Account of plague administration in the Bombay Presidency from September 1896 till May 1897
Year: 1896
Disease focus: Plague
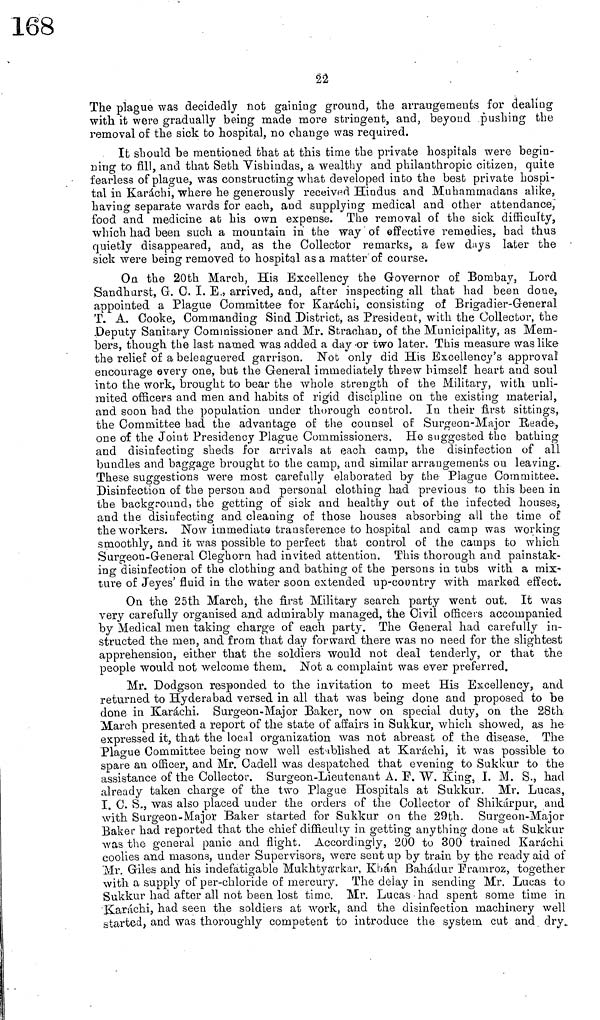
22
The plague was decidedly not gaining ground, the arrangements for dealing
with it were gradually being made more stringent, and, beyond pushing the
removal of the sick fco hospital, no change was required.
It should be mentioned that at this time the private hospitals were begin-
ning to fill, and that Seth Vishindas, a wealthy and philanthropic citizen, quite
fearless of plague, was constructing what developed into the best private hospi-
tal in Karachi, where he generously received Hindus and Muhammadans alike,
having separate wards for each, and supplying medical and other attendance,
food and medicine at his own expense. The removal of the sick difficulty,
which had been such a mountain in the way of effective remedies, bad thus
quietly disappeared, and, as the Collector remarks, a few days later the
sick were being removed to hospital as a matter of course.
On the 20th March, His Excellency the Governor of Bombay, Lord
Sandhurst, G. C. I. E., arrived, and, after inspecting all that had been done,
appointed a Plague Committee for Karachi, consisting of Brigadier-General
T. A. Cooke, Commanding Sind District, as President, with the Collector, the
Deputy Sanitary Commissioner and Mr. Strachan, of the Municipality, as Mem-
bers, though the last named was added a day or two later. This measure was like
the relief of a beleaguered garrison. Not only did His Excellency's approval
encourage every one, but the General immediately threw himself heart and soul
into the work, brought to bear the whole strength of the Military, with unli-
mited officers and men and habits of rigid discipline on the existing material,
and soon had the population under thorough control. In their first sittings,
the Committee had the advantage of the counsel of Surgeon-Major Reade,
one of the Joint Presidency Plague Commissioners. He suggested the bathing
and disinfecting sheds for arrivals at each camp, the disinfection of all
bundles and baggage brought to the camp, and similar arrangements on leaving.
These suggestions were most carefully elaborated by the Plague Committee.
Disinfection of the person and personal clothing had previous to this been in
the background, the getting of sick and healthy out of the infected houses,
and the disinfecting and cleaning of those houses absorbing all the time of
the workers. Now immediate transference to hospital and camp was working
smoothly, and it was possible to perfect that control of the camps to which
Surgeon-General Cleghorn had invited attention. This thorough and painstak-
ing disinfection of the clothing and bathing of the persons in tubs with a mix-
ture of Jeyes' fluid in the water soon extended up-country with marked effect.
On the 25th March, the first Military search party went out. It was
very carefully organised and admirably managed, the Civil officers accompanied
by Medical men taking charge of each party. The General had carefully in-
structed the men, and from that day forward there was no need for the slightest
apprehension, either that the soldiers would not deal tenderly, or that the
people would not welcome them. Not a complaint was ever preferred.
Mr. Dodgson responded to the invitation to meet His Excellency, and
returned to Hyderabad versed in all that was being done and proposed to be
done in Karachi. Surgeon-Major Baker, now on special duty, on the 28th
March presented a report of the state of affairs in Sukkur, which showed, as he
expressed it, that the local organization was not abreast of the disease. The
Plague Committee being now well established at Karachi, it was possible to
spare an officer, and Mr. Cadell was despatched that evening to Sukkur to the
assistance of the Collector. Surgeon-Lieutenant A. F. W. King, I. M. S., had
already taken charge of the two Plague Hospitals at Sukkur. Mr. Lucas,
I. C. S., was also placed under the orders of the Collector of Shikárpur, and
with Surgeon-Major Baker started for Sukkur on the 29th. Surgeon-Major
Baker had reported that the chief difficulty in getting anything clone at Sukkur
was the general panic and flight. Accordingly, 200 to 300 trained Karachi
coolies and masons, under Supervisors, were sent up by train by the ready aid of
Mr. Giles and his indefatigable Mukhtya'rkar, Khan Bahadur Êramroz, together
with a supply of per-chloride of mercury. The delay in sending Mr. Lucas to
Sukkur had after all not been lost time. Mr. Lucas had spent some time in
Karachi, had seen the soldiers at work, and the disinfection machinery well
started, and was thoroughly competent to introduce the system cut and dry.